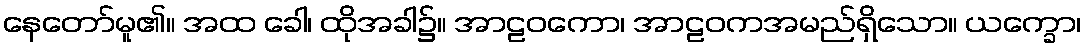
နေတော်မူ၏။ အထ ခေါ၊ ထိုအခါ၌။ အာဠဝကော၊ အာဠဝကအမည်ရှိသော။ ယက္ခော၊